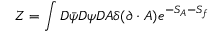
{ \cal Z } = \int D \bar { \psi } D \psi D A \delta ( \partial \cdot A ) e ^ { - S _ { A } - S _ { f } }